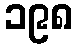
၁၉၈